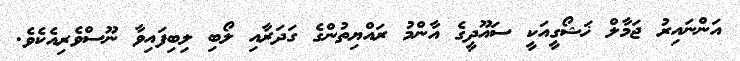
އަންނައިރު ޖަމާލް ޚަޝޯގީއަކީ ސައޫދީގެ އާންމު ރައްޔިތުންގެ ގަދަރާއި ލޯބި ލިބިފައިވާ ނޫސްވެރިއެކެވެ.